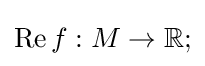
\operatorname {Re} f:M\to \mathbb {R} ;